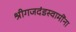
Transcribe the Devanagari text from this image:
श्रीगजदंडस्वामींना